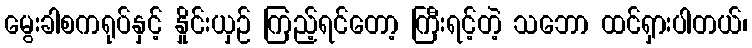
မွေးခါစကရုပ်နှင့် နှိုင်းယှဉ် ကြည့်ရင်တော့ ကြီးရင့်တဲ့ သဘော ထင်ရှားပါတယ်၊